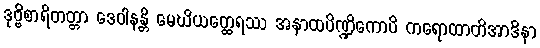
ဒုဗ္ဗိစာရိတတ္တာ ဒေဝါနန္တိ မေဃိယတ္ထေရဿ အနာထပိဏ္ဍိကောပိ ကရောထာတိအာဒိနာ